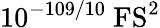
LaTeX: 10^{-109/10}~\mathrm{FS^{2}}